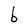
Character: b